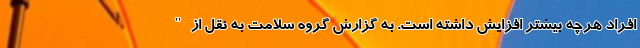
افراد هرچه بیشتر افزایش داشته است. به گزارش گروه سلامت به نقل از "